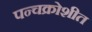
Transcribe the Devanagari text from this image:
पन्चक्रोशीत